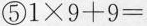
⑤ $$1 \times 9 + 9 =$$